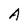
Character: A